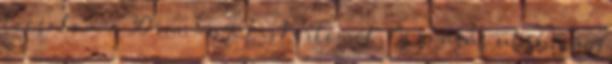
locsolom a 30 nm-nyi kiskertemet. Őszi ásás után vagy